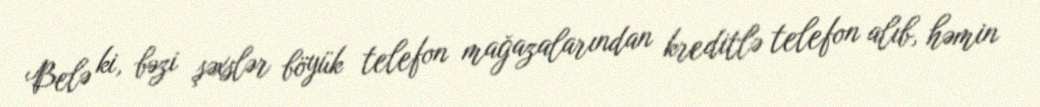
Belə ki, bəzi şəxslər böyük telefon mağazalarından kreditlə telefon alıb, həmin